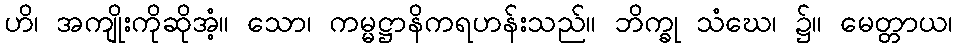
ဟိ၊ အကျိုးကိုဆိုအံ့။ သော၊ ကမ္မဋ္ဌာနိကရဟန်းသည်။ ဘိက္ခု သံဃေ၊ ၌။ မေတ္တာယ၊